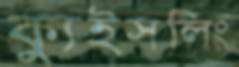
ক্যুইসলিং